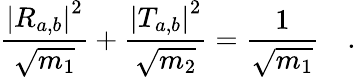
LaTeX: \frac{{\left|R_{a,b}\right|}^{2}}{\sqrt{m_{1}}}+\frac{{\left|T_{a,b}\right|}^{2}}{\sqrt{m_{2}}}=\frac{1}{\sqrt{m_{1}}}\quad.